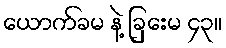
ယောက်ခမ နဲ့ ခြှေးမ ၄၃။